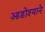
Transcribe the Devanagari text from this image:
आडोश्याने